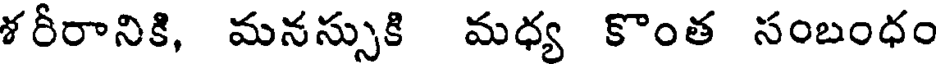
శరీరానికి, మనస్సుకి మధ్య కొంత సంబంధం